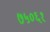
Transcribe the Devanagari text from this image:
७५०६१